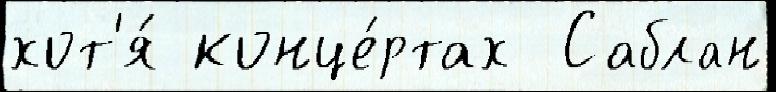
хот'я́ конце́ртах  Саблан